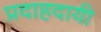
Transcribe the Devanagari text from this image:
प्रदाहदायी